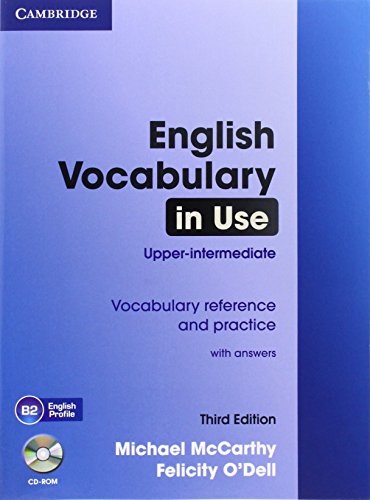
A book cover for English Vocabulary in Use Upper-intermediate with Answers and CD-ROM; Michael McCarthy; Reference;